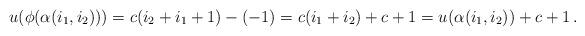
LaTeX: \begin{align*} u(\phi(\alpha(i_1,i_2)))=c(i_2+i_1+1)-(-1)=c(i_1+i_2)+c+1=u(\alpha(i_1,i_2))+c+1 \, . \end{align*}